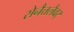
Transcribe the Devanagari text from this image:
सेनैत्तलैवर्